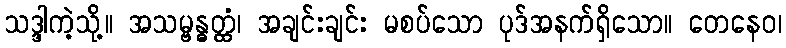
သဒ္ဒါကဲ့သို့။ အသမ္ဗန္ဓတ္ထံ၊ အချင်းချင်း မစပ်သော ပုဒ်အနက်ရှိသော။ တေနေဝ၊